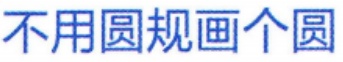
不用圆规画个圆